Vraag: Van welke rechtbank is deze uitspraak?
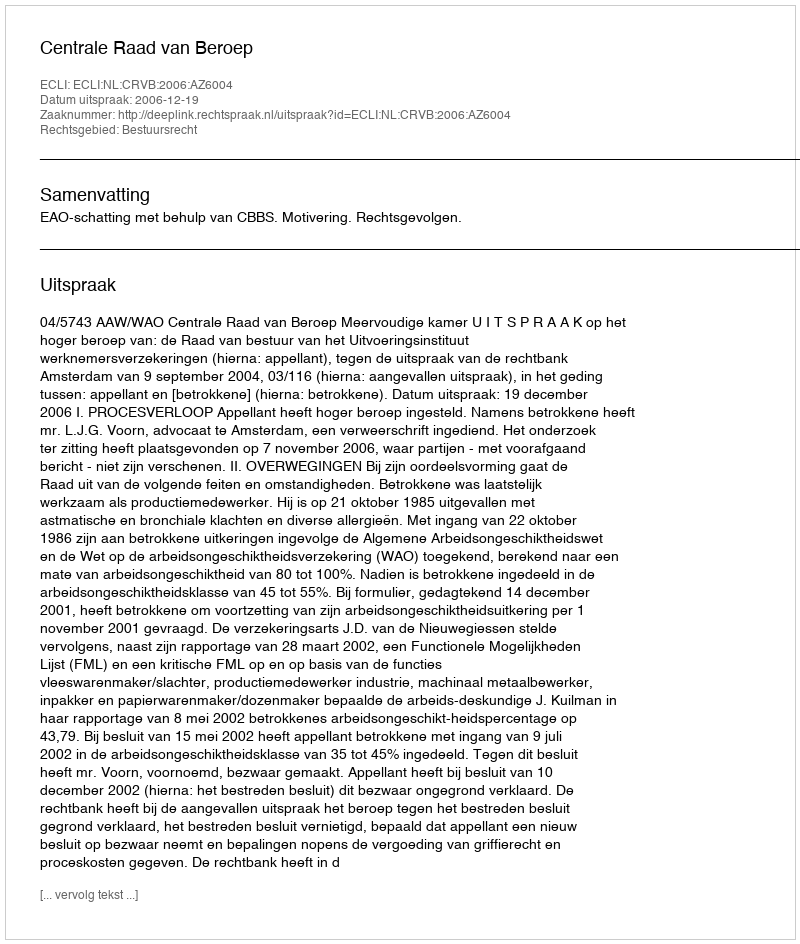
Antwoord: Centrale Raad van Beroep